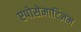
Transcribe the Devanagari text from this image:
एपोसेमाटिज़म